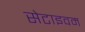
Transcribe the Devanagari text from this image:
सेटाइवम